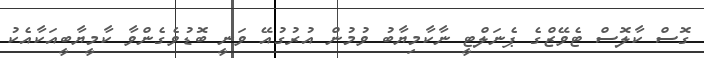
ގޮސް ކާލޮސް ޓެވޭޒްގެ ޕެނަލްޓީ ނާކާމިޔާބު ވުމުން އުރުގުއޭ ވަނީ ބޮޑުވެގެންވާ ކާމީޔާބީއަކާއެކު